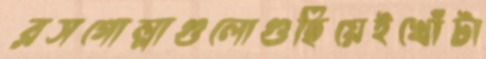
রসগোল্লাগুলোগুছিয়েইখোঁটা